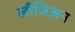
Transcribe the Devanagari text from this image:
लीजिअन